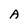
Character: A